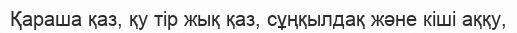
Қараша қаз, қу тір жық қаз, сұңқылдақ және кіші аққу,